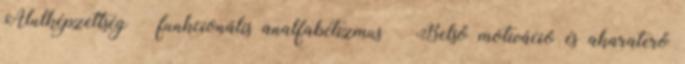
Alulképzettség – funkcionális analfabétizmus  Belső motiváció és akaraterő